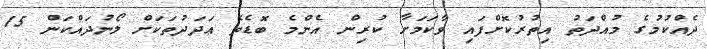
ދެއްކުމުގެ މުއްދަތު އިތުރުކޮށްފައި ވާކަމަށާ ކުރިން އެންމެ ބޮޑެތެ ޢަދަދުތަކަށް ލޯނުދައްކަން 15